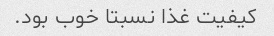
کیفیت غذا نسبتا خوب بود.